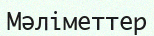
Мәліметтер